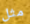
مثل